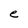
Character: e